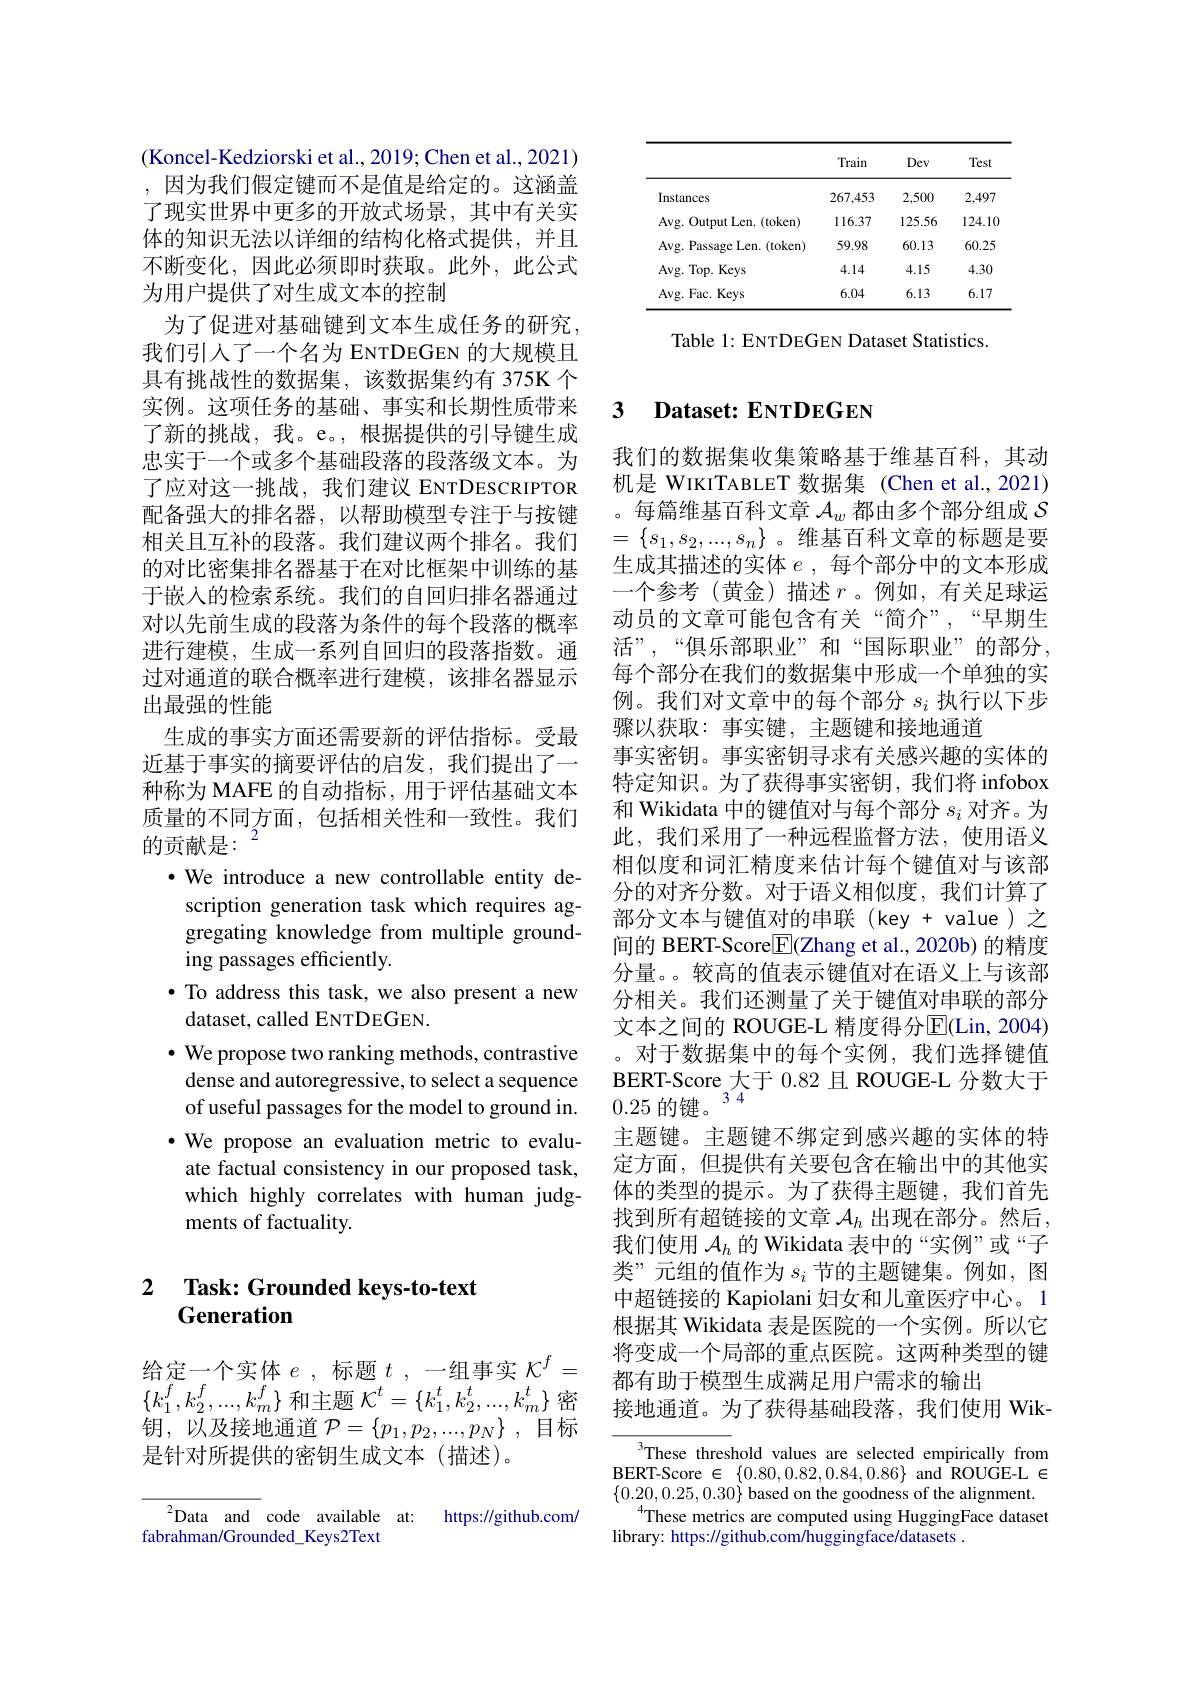
<table>
	<tbody>
		<tr>
			<th> </th>
			<th>Train</th>
			<th>Dev</th>
			<th>Test</th>
		</tr>
		<tr>
			<td>Instances</td>
			<td>267,453</td>
			<td>2,500</td>
			<td>2,497</td>
		</tr>
		<tr>
			<td>$Avg.$ Output Len. (token) 1</td>
			<td>116.37</td>
			<td>125.56</td>
			<td>124.10</td>
		</tr>
		<tr>
			<td>Avg. Passage Len. (token)</td>
			<td>59.98</td>
			<td>60.13</td>
			<td>60.25</td>
		</tr>
		<tr>
			<td>Avg. Top. Keys</td>
			<td>4.14</td>
			<td>4.15</td>
			<td>4.30</td>
		</tr>
		<tr>
			<td>Avg. Fac. Keys</td>
			<td>6.04</td>
			<td>6.13</td>
			<td>6.17</td>
		</tr>
	</tbody>
</table>

Table 1: ENTDEGEN Dataset Statistics.

(Koncel-Kedziorski et al., 2019; Chen et al., 2021) ,因为我们假定键而不是值是给定的。这涵盖了现实世界中更多的开放式场景，其中有关实体的知识无法以详细的结构化格式提供，并且不断变化，因此必须即时获取。此外，此公式为用户提供了对生成文本的控制
为了促进对基础键到文本生成任务的研究， 我们引人了一个名为 ENTDEGEN 的大规模且具有挑战性的数据集，该数据集约有 375K 个实例。这项任务的基础、事实和长期性质带来了新的挑战，我。e。,根据提供的引导键生成忠实于一个或多个基础段落的段落级文本。为了应对这一挑战，我们建议 ENTDESCRIPTOR 配备强大的排名器，以帮助模型专注于与按键相关且互补的段落。我们建议两个排名。我们的对比密集排名器基于在对比框架中训练的基于嵌入的检索系统。我们的自回归排名器通过对以先前生成的段落为条件的每个段落的概率进行建模，生成一系列自回归的段落指数。通过对通道的联合概率进行建模，该排名器显示出最强的性能
生成的事实方面还需要新的评估指标。受最近基于事实的摘要评估的启发，我们提出了一种称为 MAFE 的自动指标，用于评估基础文本质量的不同方面，包括相关性和一致性。我们的贡献是：$^2$
$\cdot$ We introduce a new controllable entity description generation task which requires aggregating knowledge from multiple grounding passages efficiently.
$\bullet$ To address this task, we also present a new
dataset, called ENTDEGEN.
$\bullet$ We propose two ranking methods, contrastive dense and autoregressive, to select a sequence of useful passages for the model to ground in.
·We propose an evaluation metric to evalu-
ate factual consistency in our proposed task, which highly correlates with human judgments of factuality

## 2 $\textbf{Task: Grounded keys- to- text}$ Generation

给定一个实体$e$,标题$t,-$组事实$\mathcal{K}^f=$ $\{k_{1}^{f},k_{2}^{f},...,k_{m}^{f}\}$和主题$\mathcal{K}^t=\{k_1^{t},k_{2}^{t},...,k_{m}^{t}\}$密钥，以及接地通道 $\mathcal{P} = \{ p_1, p_2, . . . , p_N\}$ ,目标是针对所提供的密钥生成文本(描述)。

${}^{2}$Data and code available at: https://github.com/
fabrahman/Grounded\_Keys2Text

### 3 Dataset: ENTDEGEN

我们的数据集收集策略基于维基百科，其动机是 WIKITABLET 数据集 (Chen et al.,2021) 。每篇维基百科文章$\mathcal{A}_w$都由多个部分组成$\mathcal{S}$ $=\{s_1,s_2,...,s_n\}$。维基百科文章的标题是要生成其描述的实体$e$ ,每个部分中的文本形成一个参考(黄金)描述$r$。例如，有关足球运动员的文章可能包含有关“简介”,“早期生活”,“俱乐部职业”和“国际职业”的部分， 每个部分在我们的数据集中形成一个单独的实例。我们对文章中的每个部分$s_i$执行以下步骤以获取：事实键，主题键和接地通道
事实密钥。事实密钥寻求有关感兴趣的实体的特定知识。为了获得事实密钥，我们将 infobox 和 Wikidata 中的键值对与每个部分$s_i$对齐。为此，我们采用了一种远程监督方法，使用语义相似度和词汇精度来估计每个键值对与该部分的对齐分数。对于语义相似度，我们计算了部分文本与键值对的串联(key+value)之间的 BERT-Score$\boxed{\mathrm{F}}($Zhang et al., 2020b) 的精度分量。。较高的值表示键值对在语义上与该部分相关。我们还测量了关于键值对串联的部分文本之间的 ROUGE-L 精度得分$\overline{\mathrm{E}}($Lin, 2004) 。对于数据集中的每个实例，我们选择键值BERT-Score 大于 0.82 且 ROUGE-L 分数大于$0.25\text{ 的键。}^{34}$
主题键。主题键不绑定到感兴趣的实体的特定方面，但提供有关要包含在输出中的其他实体的类型的提示。为了获得主题键，我们首先找到所有超链接的文章$\mathcal{A}_h$出现在部分。然后， 我们使用$\mathcal{A}_h$的 Wikidata 表中的“实例”或“子类”元组的值作为$s_i$节的主题键集。例如，图中超链接的 Kapiolani 妇女和儿童医疗中心。1根据其 Wikidata 表是医院的一个实例。所以它将变成一个局部的重点医院。这两种类型的键都有助于模型生成满足用户需求的输出
接地通道。为了获得基础段落，我们使用 Wik-
These threshold values are selected empirically from

${\mathrm{BERT-Score~}\in\{0.80,0.82,0.84,0.86\}}{\mathrm{and~ROUGE-L~}\in}$
$\{0.20,0.25,0.30\}$ based on the goodness of the alignment
$^{4}$These metrics are computed using HuggingFace dataset
library: https://github.com/huggingface/datasets .